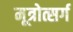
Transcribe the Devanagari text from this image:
मूत्रोत्सर्ग